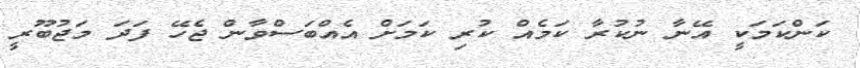
ކަންކަމަކީ އޭނާ ނުކުރާ ކަމެއް ކުރި ކަމަށް އެއްބަސްވާން ޖެހޭ ފަދަ މަޖުބޫރީ